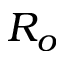
R _ { o }